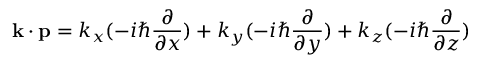
\mathbf { k } \cdot \mathbf { p } = k _ { x } ( - i \hbar { \frac { \partial } { \partial x } } ) + k _ { y } ( - i \hbar { \frac { \partial } { \partial y } } ) + k _ { z } ( - i \hbar { \frac { \partial } { \partial z } } )